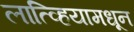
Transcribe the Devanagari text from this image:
लात्व्हियामधून